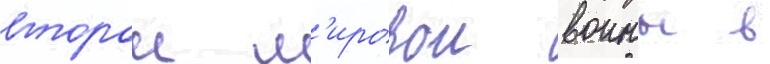
второи м'ировои воины в